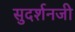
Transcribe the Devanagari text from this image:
सुदर्शनजी